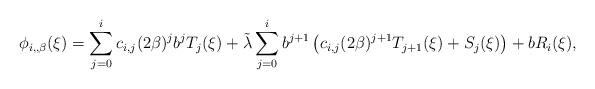
LaTeX: \begin{align*} \phi_{i,, \beta}(\xi) = \sum_{j=0}^i c_{i,j} (2\beta)^j b^j T_j(\xi) + \tilde \lambda \sum_{j=0}^i b^{j+1} \left(c_{i,j}(2\beta)^{j+1} T_{j+1}(\xi) + S_j (\xi)\right) + bR_i(\xi),\end{align*}